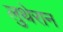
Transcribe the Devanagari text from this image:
लुथेरान